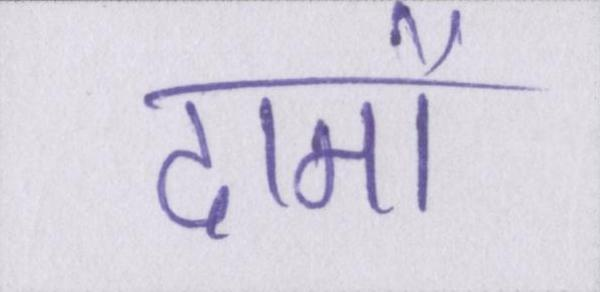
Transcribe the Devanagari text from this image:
दामों